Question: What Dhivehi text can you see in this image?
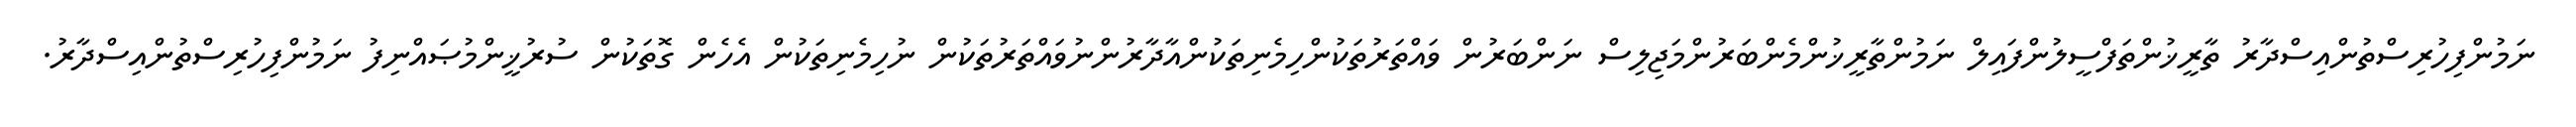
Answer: ނަމުންފިހުރިސްތުންއިސްދާރު ތާރީޚުންތަފްސީލުންފައިލް ނަމުންތާރީޚުންމެންބަރުންމަޖިލިސް ނަންބަރުން ވައްތަރުތަކުންހިމެނިތަކުންއާދާރުންނުވައްތަރުތަކުން ނުހިމެނިތަކުން އެހެން ގޮތަކުން ސުރުޚީންމުޞައްނިފު ނަމުންފިހުރިސްތުންއިސްދާރު.